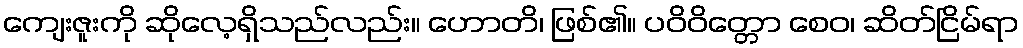
ကျေးဇူးကို ဆိုလေ့ရှိသည်လည်း။ ဟောတိ၊ ဖြစ်၏။ ပဝိဝိတ္တော စေဝ၊ ဆိတ်ငြိမ်ရာ